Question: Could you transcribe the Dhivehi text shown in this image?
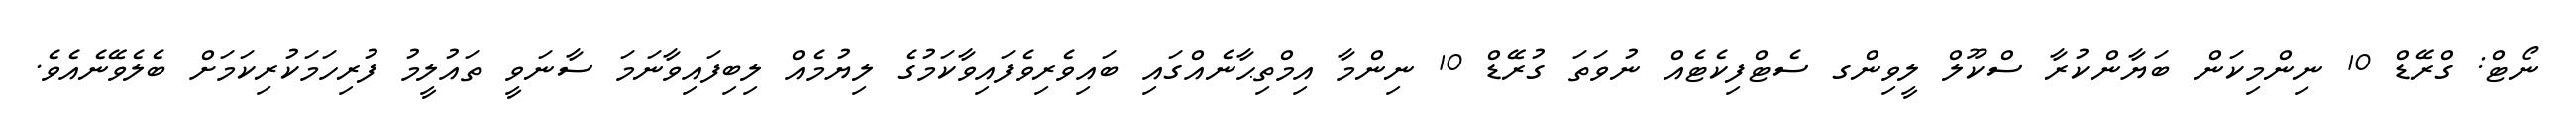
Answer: ނޯޓް: ގްރޭޑް 10 ނިންމިކަން ބަޔާންކުރާ ސްކޫލް ލީވިންގ ސެޓްފިކެޓެއް ނުވަތަ ގުރޭޑް 10 ނިންމާ އިމްތިޙާނެއްގައި ބައިވެރިވެފައިވާކަމުގެ ލިޔުމެއް ލިބިފައިވާނަމަ ސާނަވީ ތައުލީމު ފުރިހަމަކުރިކަމަށް ބެލެވޭނެއެވެ.